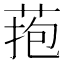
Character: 菢